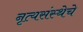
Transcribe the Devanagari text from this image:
नृत्यसंस्थेचे